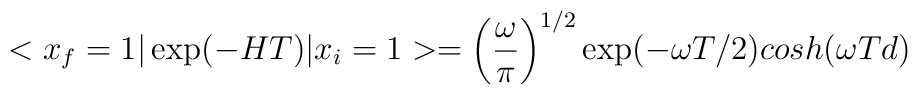
<x_f = 1\vert \exp(- H T) \vert x_i =  1> = \left({{\omega} \over {\pi}}  \right)^{1/2} \exp(- \omega T/2) \\cosh (\omega T d)